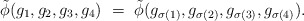
\begin{align*}\tilde\phi(g_{1},g_{2},g_{3},g_{4})\ =\ \tilde\phi(g_{\sigma(1)},g_{\sigma(2)}, g_{\sigma(3)},g_{\sigma(4)}).\end{align*}